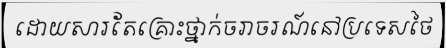
ដោយសារតែគ្រោះថ្នាក់ចរាចរណ៍នៅប្រទេសថៃ